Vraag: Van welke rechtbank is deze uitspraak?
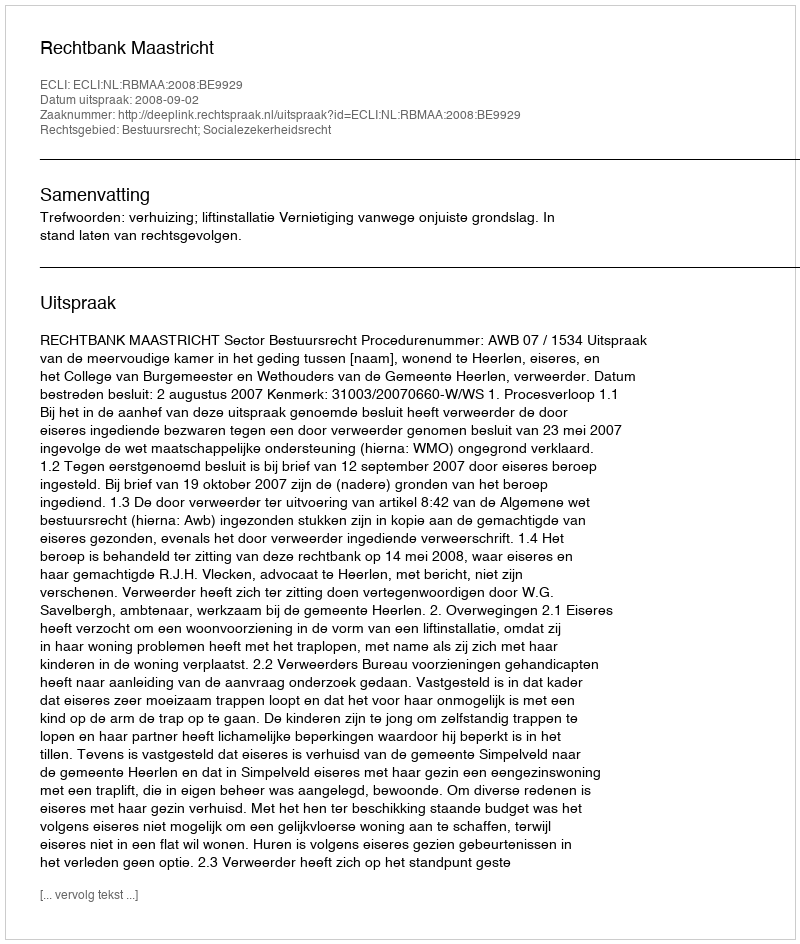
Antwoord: Rechtbank Maastricht